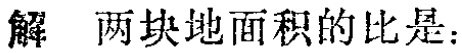
解 两块地面积的比是：